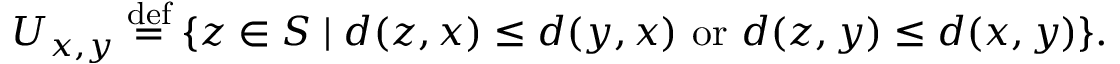
U _ { x , y } \stackrel { \mathrm { d e f } } { = } \{ z \in S \mid d ( z , x ) \le d ( y , x ) ~ \mathrm { o r } ~ d ( z , y ) \le d ( x , y ) \} .